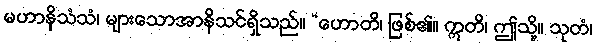
မဟာနိသံသံ၊ များသောအာနိသင်ရှိသည်။ “ဟောတိ၊ ဖြစ်၏။ ဣတိ၊ ဤသို့။ သုတံ၊